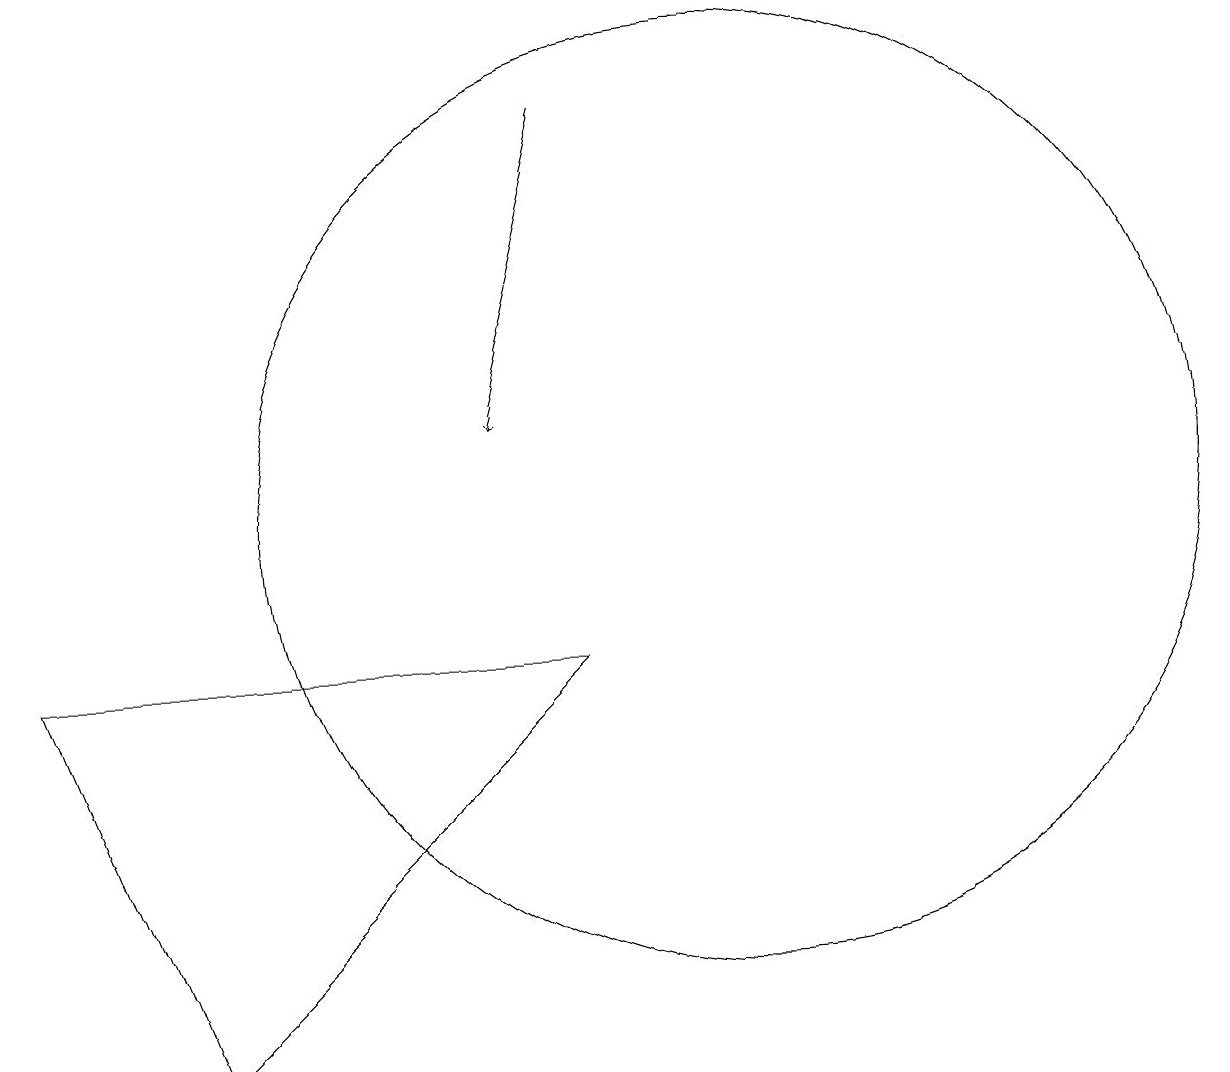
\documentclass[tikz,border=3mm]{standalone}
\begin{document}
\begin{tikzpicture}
\draw (4,3) -- (9,8) -- (2,8) -- cycle;
\draw[->] (9,15) -- (8,11);
\draw (11,10) circle (6);
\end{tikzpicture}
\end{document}